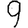
Digit: 9